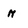
Character: n